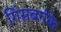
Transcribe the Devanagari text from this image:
गिंसबर्गके